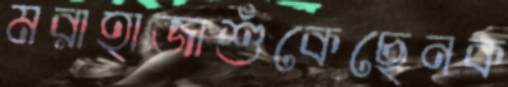
মরাহাজাশুঁকেছেনক